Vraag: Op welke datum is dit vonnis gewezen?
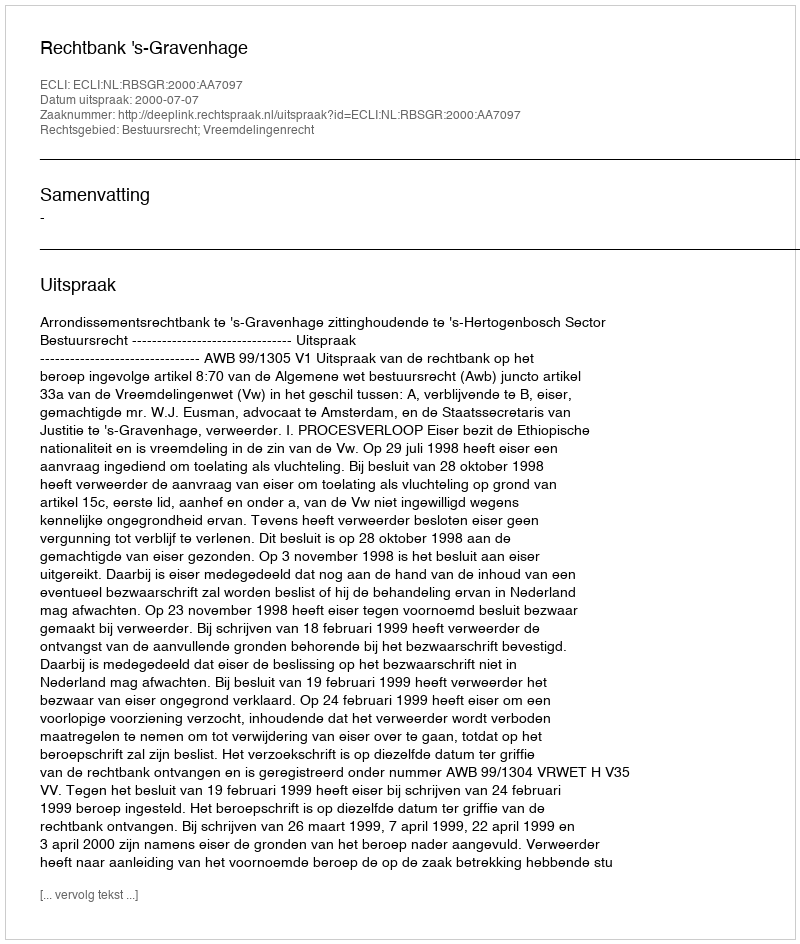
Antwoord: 2000-07-07